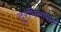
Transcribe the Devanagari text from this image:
दुरभिलाषाओं